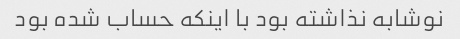
نوشابه نذاشته بود با اینکه حساب شده بود